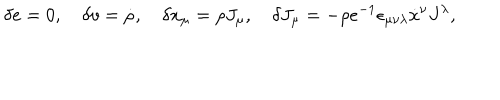
\delta e = 0 , \quad \delta v = \dot { \rho } , \quad \delta x _ { \mu } = \rho J _ { \mu } , \quad \delta J _ { \mu } = - \rho e ^ { - 1 } \epsilon _ { \mu \nu \lambda } \dot { x } { } ^ { \nu } J ^ { \lambda } ,